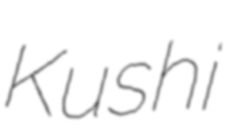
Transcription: Kushi